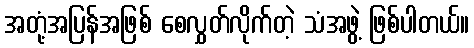
အတုံ့အပြန်အဖြစ် စေလွှတ်လိုက်တဲ့ သံအဖွဲ့ ဖြစ်ပါတယ်။